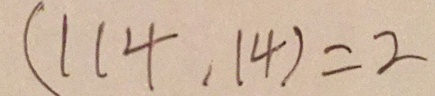
( 1 1 4 . 1 4 ) = 2